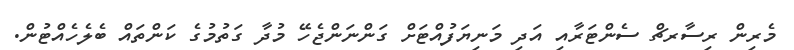
މެރިން ރިސާރޗް ސެންޓަރާއި އަދި މަނިޔަފުއްޓަށް ގަންނަންޖެހޭ މުދާ ގަތުމުގެ ކަންތައް ބެލެހެއްޓުން.